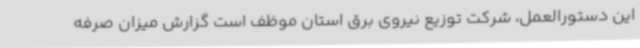
این دستورالعمل، شرکت توزیع نیروی برق استان موظف است گزارش میزان صرفه